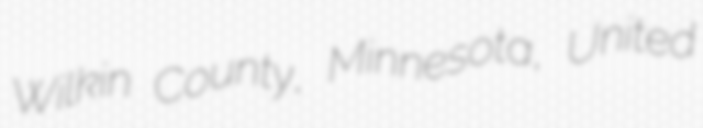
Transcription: Wilkin County, Minnesota, United